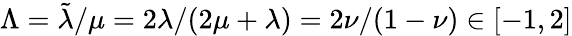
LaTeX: \Lambda=\tilde{\lambda}/\mu=2\lambda/(2\mu+\lambda)=2\nu/(1-\nu)\in[-1,2]